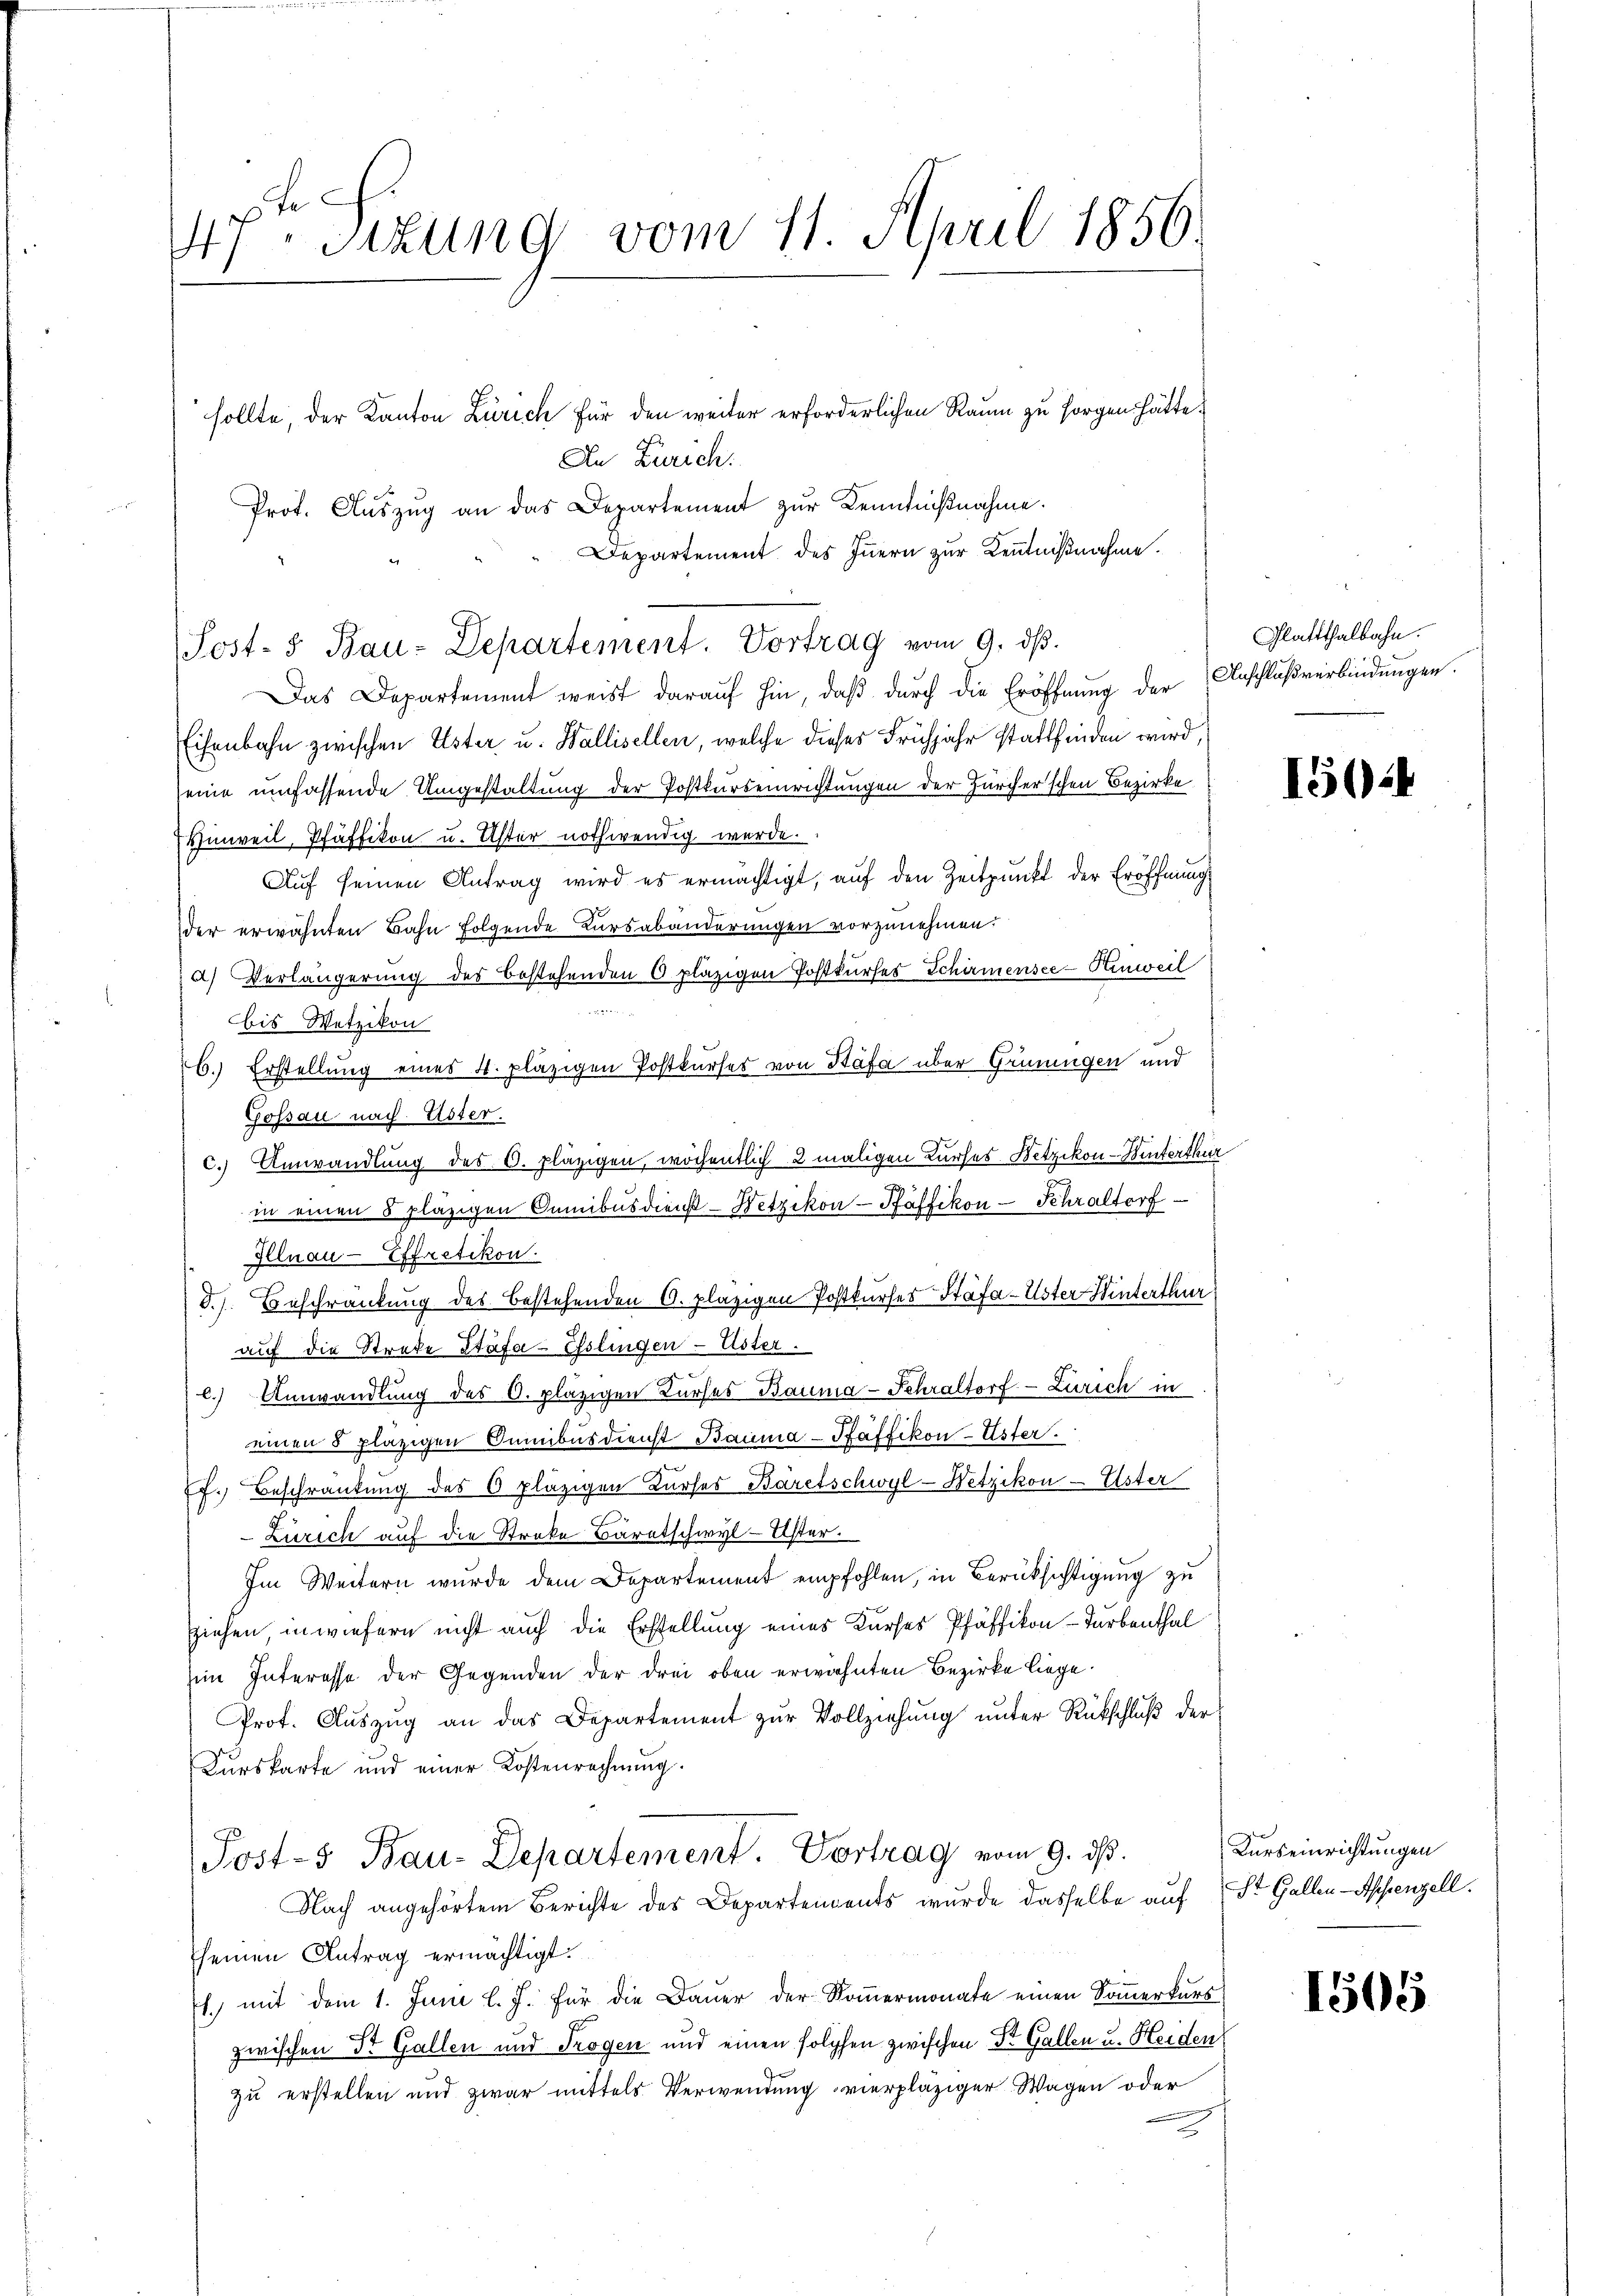
e
47. Sekung vom 11. April 1856

sollte, der Kanton Zürich für den weiter erforderlichen Raum zu sorgen hätte.
An Zürich.
Prot. Aŭszŭg an das Departement zur Kenntnißnahme.
Departement des Innern zur Kenntnißnahme.
Das Departement weist darauf hin, daß durch die Eröffnung der Anschlußverbindungen.
Eisenbahn zwischen Uster u. Wallisellen, welche dieses Frühjahr stattfinden wird,
seine umfassende Umgestaltung der Postkurseinrichtungen der Zürcherschen Bezirke
Hinweil, Pfäffikon u. Uster nothwendig werde.
Auf seinen Antrag wird es ermächtigt, auf den Zeitpunkt der Eröffnung.
der erwähnten Bahn folgende Kursabänderungen vorzunehmen.
a) Verlängerung des bestehenden 6 pläzigen Postkurfes Schirmensce-Einweil
bis Wetzikon
26.) Erstellung eines 4. pläzigen Postkurses von Stäfa über Grüningen und
Gossau nach Uster.
c.) Umwandlung des C. Pläzigen, wöchentlich 2 maligen Kurses Wetzikon - Winterthur

in einen 8 pläzigen Cumibusdienst-Wetzikon - Pfäffikon - Schraltorf
Illnau-Effretikon.
S.). Beschränkung des Bestehenden 6. plazigen Postkurses Stäfa-Uster Hinterthur
auf die Strede Stäfa-Esslingen - Ester.
c.) Umwandlung des O. pläzigen Kurses Bauma-Fehraltorf-Zürich in
einen 8 plätzigen Camibusdienst Bauma-Pfäffikon-Uster.
f. Beschränkung des 0 plätzigen Kurses Bäretschwyl-Wetzikon - Ester
Zürich auf die Streke Bäretschwyl-Uster.
Im Weitern wurde dem Departement empfohlen, in Berücksichtigung zu
sziehen, inwiefern nicht auch die Erstellung eines Kurses Pfäffikon - Turbenthal
im Interesse der Gegenden der drei oben erwähnten Bezirke liege.
Prof. Auszug an das Departement zur Vollziehung unter Rückschluß der
Kurskarte und einer Kostenrechnung.
Post- & Bau-Departement. Vortrag vom 9. ds.
Nach angehörtem Berichte des Departendents wurde dasselbe auf St. Gallen-Appenzell.
seinen Antrag ermächtigt.
s., mit dem 1. Juni l. J. für die Daŭer der Koṁermonate einen Soṁerkurs
zwischen St. Gallen und Trogen und einen solchen zwischen Dr. Gallen u. Heiden
zu erstellen und zwar mittels Verwendung vierpläziger Wagen oder
e

Post- & Bau-Departement. Vortrag vom 9. dβ.

Glattthalbahn.

150.

Kurseinrichtungen

1505